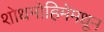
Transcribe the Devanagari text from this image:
शोधमोहिमेमधून